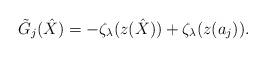
LaTeX: \begin{align*}\tilde{G}_{j}(\hat{X})=-\zeta_\lambda(z(\hat{X}))+\zeta_\lambda(z(a_j)).\end{align*}